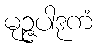
မုဉ္ဇပါဒုကံ